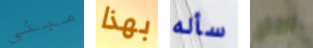
مبنى بهذا سأله صفائح